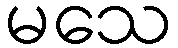
မသေ